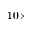
1 0 \times